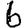
Digit: 6